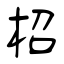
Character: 柖